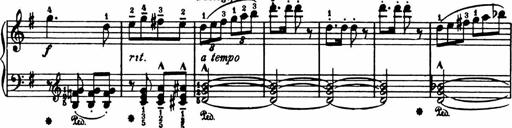
Title: Analytical Sonatinas
Composer: Frank Lynes